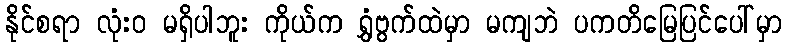
နိုင်စရာ လုံးဝ မရှိပါဘူး ကိုယ်က ရွှံဗွက်ထဲမှာ မကျဘဲ ပကတိမြေပြင်ပေါ်မှာ